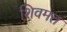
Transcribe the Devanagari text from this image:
शिवमत